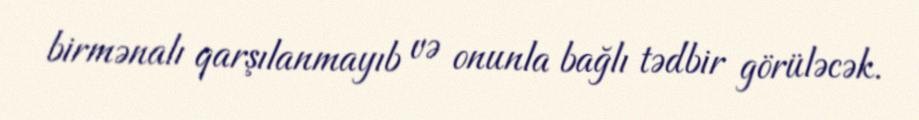
birmənalı qarşılanmayıb və onunla bağlı tədbir görüləcək.